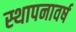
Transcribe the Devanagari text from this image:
स्थापनावर्ष